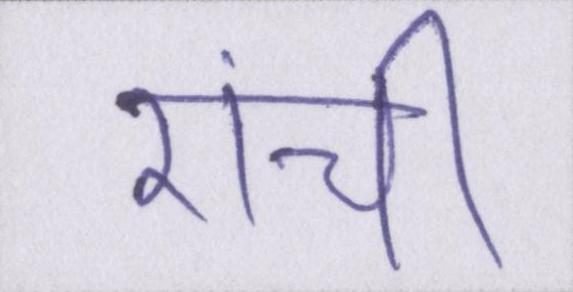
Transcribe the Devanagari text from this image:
रांची